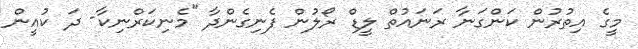
މީގެ އިތުރުން ކަންގަނާ ރަނައުތް ލީޑް ރޯލުން ފެނިގެންދާ "މެނިކަރްނިކާ- ދަ ކުއީން